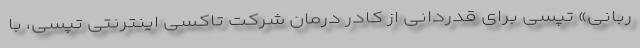
ربانی» تپسی برای قدردانی از کادر درمان شرکت تاکسی اینترنتی تپسی، با